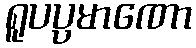
ရူပပ္ပမာဏော